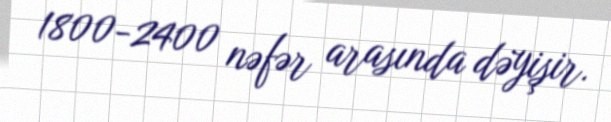
1800-2400 nəfər arasında dəyişir.